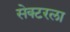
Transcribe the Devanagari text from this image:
सेक्‍टरला